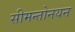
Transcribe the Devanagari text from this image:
सीमन्तोनयन